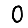
Digit: 0